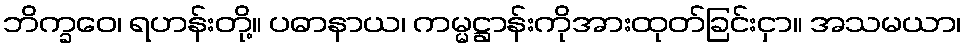
ဘိက္ခဝေ၊ ရဟန်းတို့။ ပဓာနာယ၊ ကမ္မဋ္ဌာန်းကိုအားထုတ်ခြင်းငှာ။ အသမယာ၊